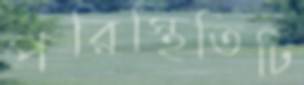
পরিস্থিতিটি